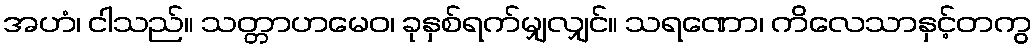
အဟံ၊ ငါသည်။ သတ္တာဟမေဝ၊ ခုနှစ်ရက်မျှလျှင်။ သရဏော၊ ကိလေသာနှင့်တကွ